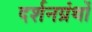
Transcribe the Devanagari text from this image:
दर्शनग्रंथों